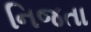
નિજતા